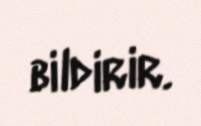
bildirir.